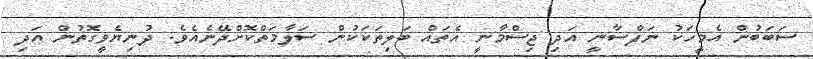
ސަބަބުން އެމީހަކު ނަފްސާނީ އަދި ޖިސްމާނީ އެތައް ބަލިތަކަކުން ސަލާމަތްކޮށްދޭނެއެވެ. ދުނިޔެވީގޮތުން އަދި